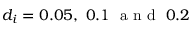
d _ { i } = 0 . 0 5 , \ 0 . 1 \ \mathrm { ~ a ~ n ~ d ~ } \ 0 . 2